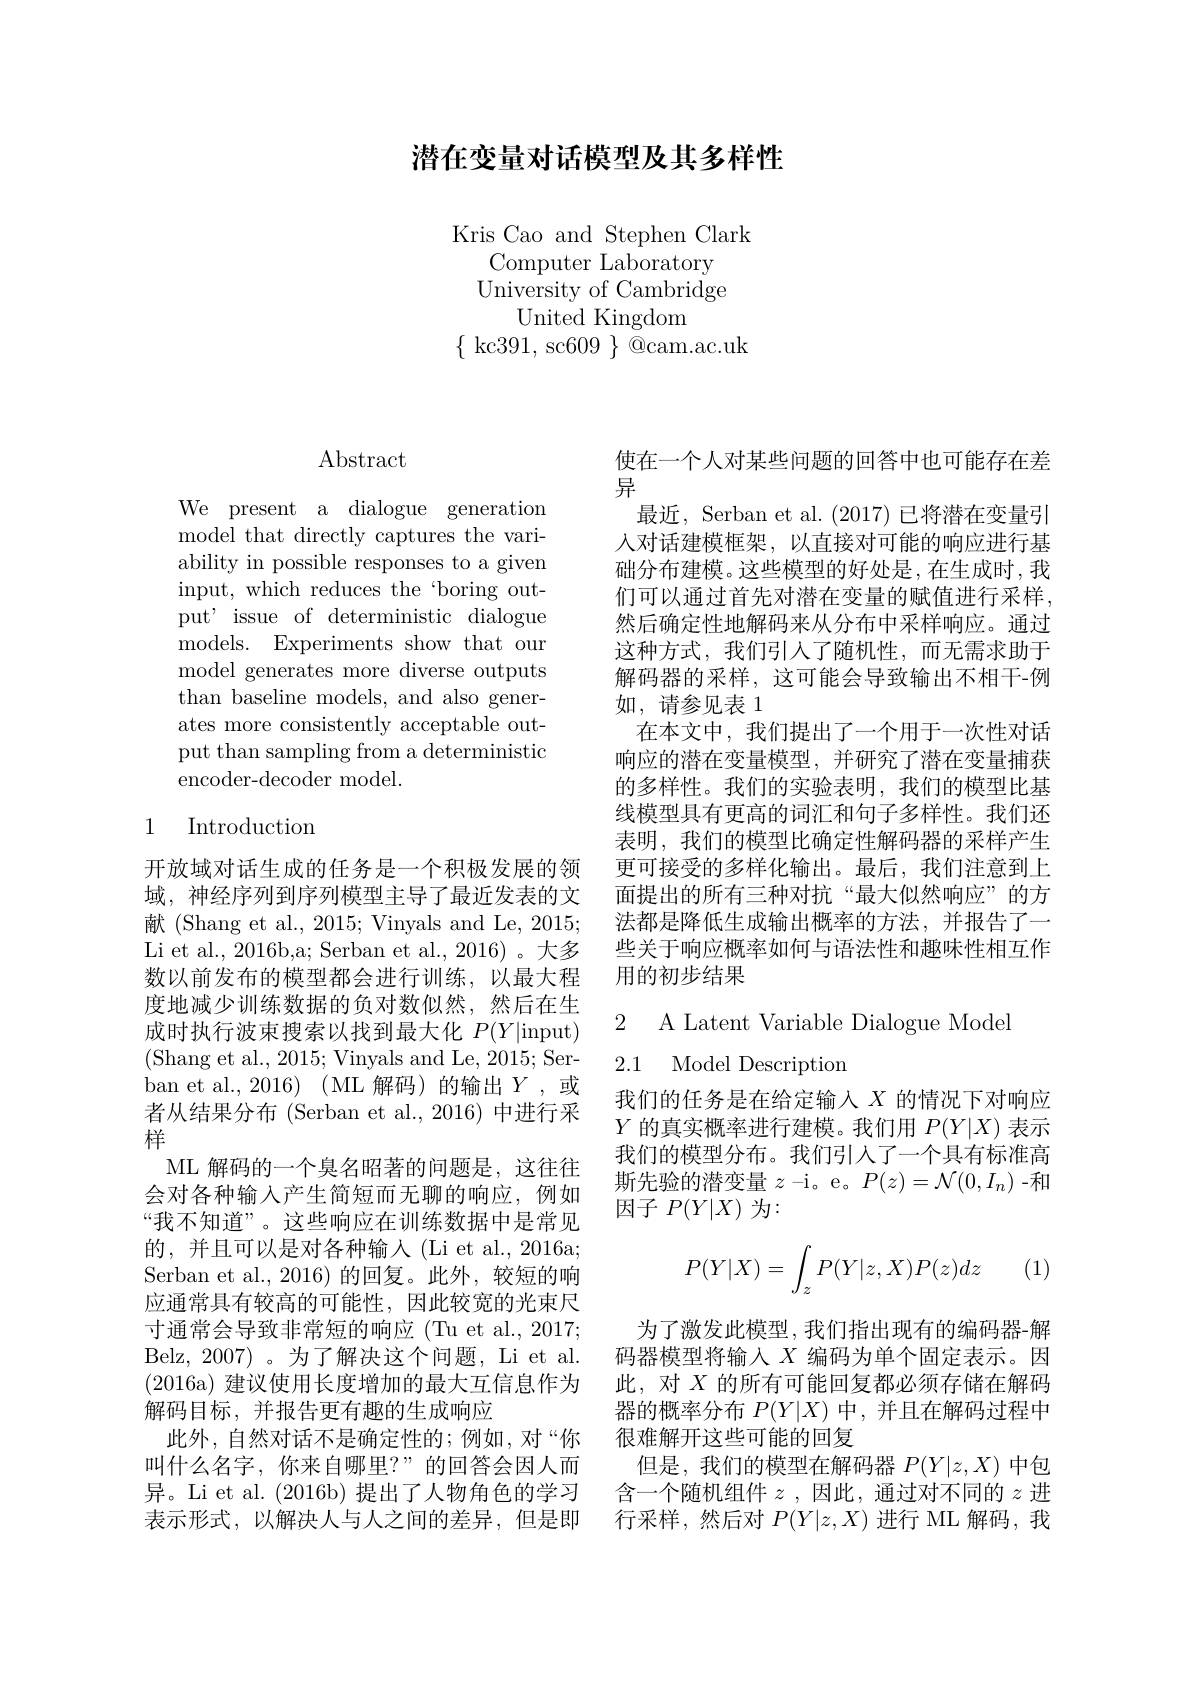
潜在变量对话模型及其多样性

Kris Cao and Stephen Clark
Computer Laboratory University of Cambridge
${\mathrm{United~Kingdom}}$
$\{$ kc391, sc609 $\}$ @cam.ac.uk

# Abstract

We present a dialogue generation model that directly captures the variability in possible responses to a given input, which reduces the‘boring output' issue of deterministic dialogue models. Experiments show that our model generates more diverse outputs than baseline models, and also generates more consistently acceptable output than sampling from a deterministic encoder-decoder model.

## 1 Introduction

开放域对话生成的任务是一个积极发展的领域，神经序列到序列模型主导了最近发表的文献 (Shang et al., 2015; Vinyals and Le, 2015; Li et al., 2016b,a; Serban et al., 2016) 。大多数以前发布的模型都会进行训练，以最大程度地减少训练数据的负对数似然，然后在生成时执行波束搜索以找到最大化$P(Y|$input) (Shang et al., 2015; Vinyals and Le, 2015; Serban et al.,2016)(ML 解码)的输出$Y$,或者从结果分布 (Serban et al., 2016) 中进行采样
ML 解码的一个臭名昭著的问题是，这往往会对各种输入产生简短而无聊的响应，例如“我不知道”。这些响应在训练数据中是常见的，并且可以是对各种输入 (Li et al., 2016a; Serban et al.,2016)的回复。此外，较短的响应通常具有较高的可能性，因此较宽的光束尺寸通常会导致非常短的响应(Tu et al., 2017; Belz, 2007) 。为了解决这个问题，Li et al. (2016a) 建议使用长度增加的最大互信息作为解码目标，并报告更有趣的生成响应
此外，自然对话不是确定性的；例如，对“你 很难解开这些可能的回复
叫什么名字，你来自哪里？”的回答会因人而 但是，我们的模型在解码器$P(Y|z,X)$中包异。Li et al. (2016b) 提出了人物角色的学习 含一个随机组件$z$ ,因此，通过对不同的$z$进表示形式，以解决人与人之间的差异，但是即 行采样，然后对$P(Y|z,X)$进行 ML 解码，我

使在一个人对某些问题的回答中也可能存在差
异
最近，Serban et al. (2017)已将潜在变量引人对话建模框架，以直接对可能的响应进行基础分布建模。这些模型的好处是，在生成时，我们可以通过首先对潜在变量的赋值进行采样， 然后确定性地解码来从分布中采样响应。通过这种方式，我们引入了随机性，而无需求助于解码器的采样，这可能会导致输出不相干-例如，请参见表 1
在本文中，我们提出了一个用于一次性对话响应的潜在变量模型，并研究了潜在变量捕获的多样性。我们的实验表明，我们的模型比基线模型具有更高的词汇和句子多样性。我们还表明，我们的模型比确定性解码器的采样产生更可接受的多样化输出。最后，我们注意到上面提出的所有三种对抗“最大似然响应”的方法都是降低生成输出概率的方法，并报告了一些关于响应概率如何与语法性和趣味性相互作用的初步结果

2 A Latent Variable Dialogue Model
2.1 Model Description

我们的任务是在给定输入$X$的情况下对响应$Y$的真实概率进行建模。我们用$P(Y|X)$表示我们的模型分布。我们引人了一个具有标准高斯先验的潜变量$z$ -i。e。$P(z)=\mathcal{N}(0,I_n)$ -和因子$P(Y|X)$为：
$$P(Y|X)=\int_zP(Y|z,X)P(z)dz$$
(1)

为了激发此模型，我们指出现有的编码器-解码器模型将输入$X$编码为单个固定表示。因此，对$X$的所有可能回复都必须存储在解码器的概率分布$P(Y|X)$中，并且在解码过程中